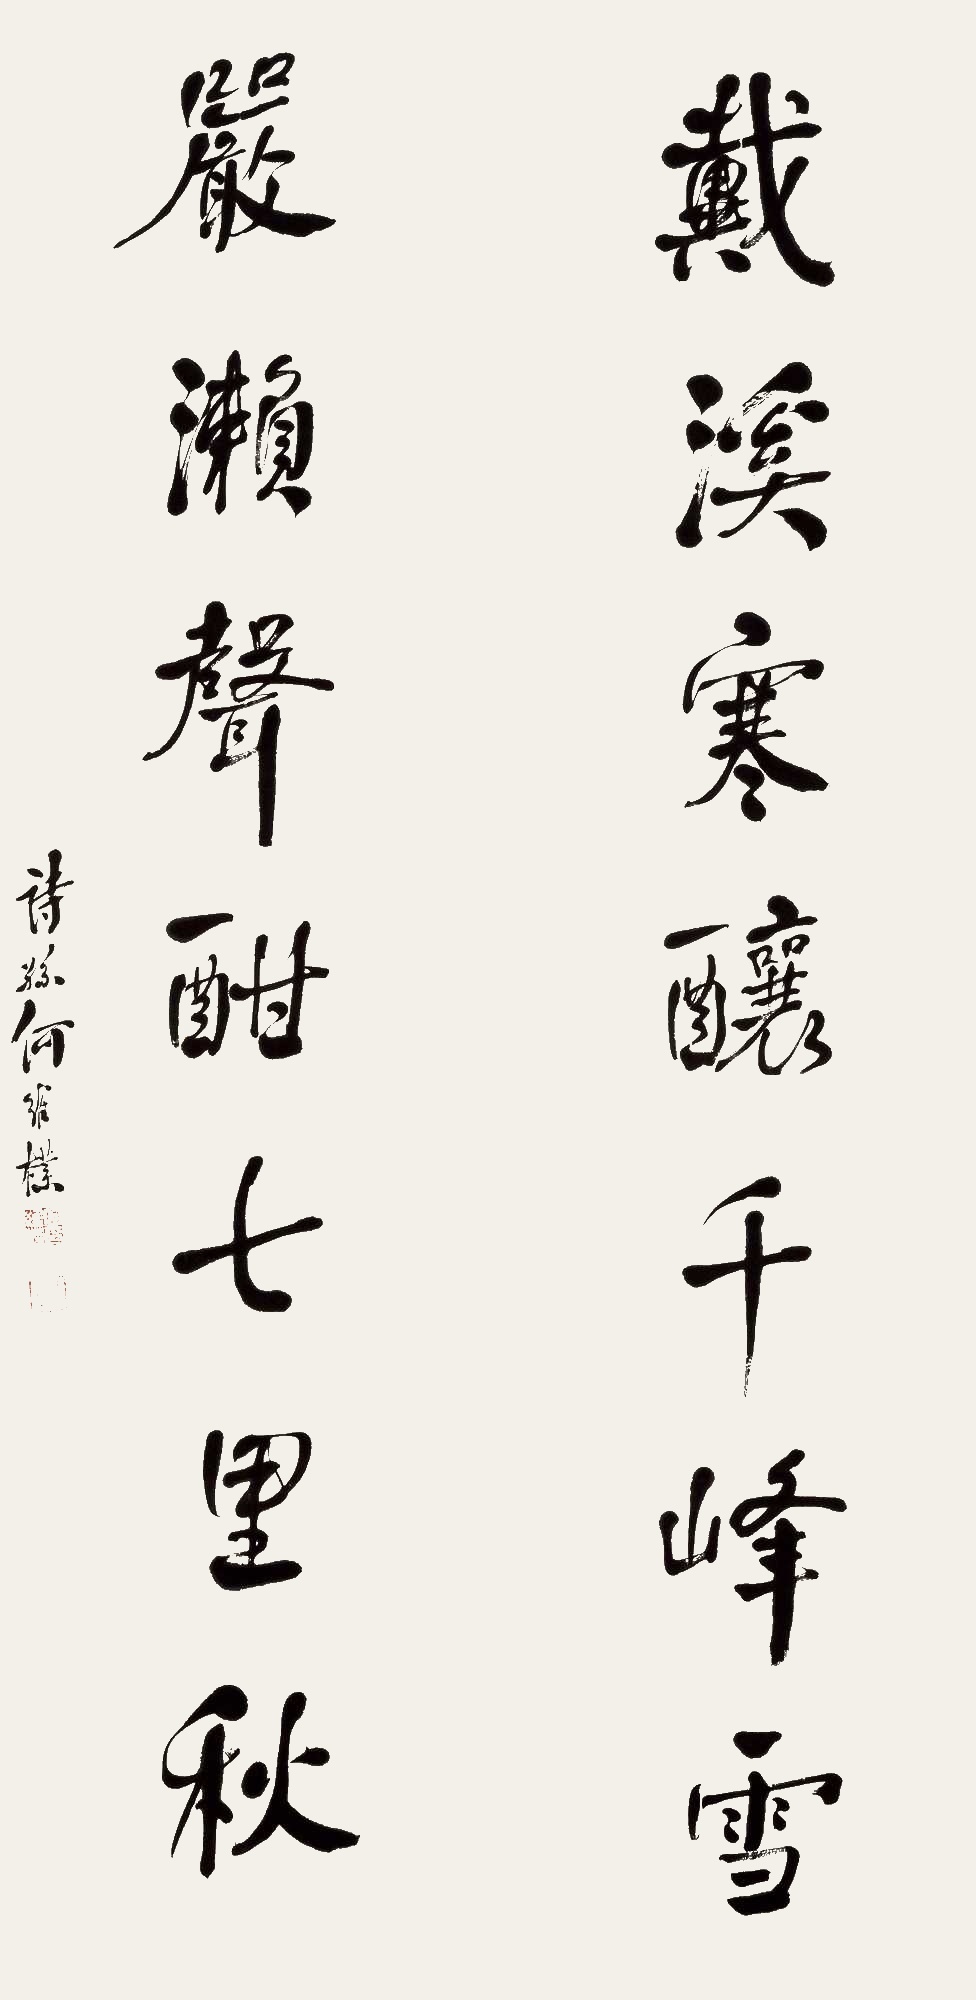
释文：戴溪寒酿千峰雪，严濑声酣七里秋。诗孙何维朴。